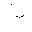
Letter: _dal